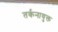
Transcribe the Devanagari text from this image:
तर्कनायुक्त